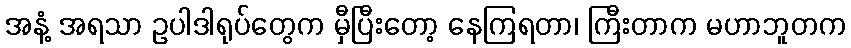
အနံ့ အရသာ ဥပါဒါရုပ်တွေက မှီပြီးတော့ နေကြရတာ၊ ကြီးတာက မဟာဘူတက